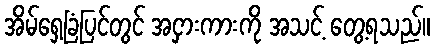
အိမ်ရှေ့ခြံပြင်တွင် အငှားကားကို အသင့် တွေ့ရသည်။